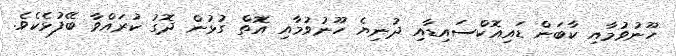
ހޫނުވުމާއި ކާބަން ޑައިއޮކްސައިޑާއި ދުނިޔެ ހޫނުވުމާއި އޮތް ގުޅުން ދޮގު ކުރައްވާ ބޭފުޅެކެވެ.